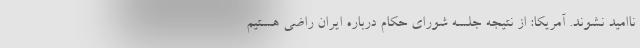
ناامید نشوند. آمریکا: از نتیجه جلسه شورای حکام درباره ایران راضی هستیم